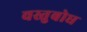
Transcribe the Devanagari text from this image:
वस्तुबोध